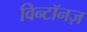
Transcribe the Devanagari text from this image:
विन्टॉनज़